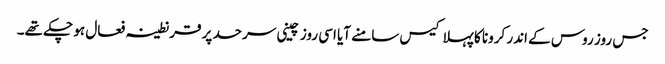
جس روز روس کے اندر کرونا کا پہلا کیس سامنے آیا اسی روز چینی سرحد پر قرنطینہ فعال ہو چکے تھے۔